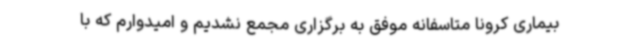
بیماری کرونا متاسفانه موفق به برگزاری مجمع نشدیم و امیدوارم که با